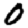
Digit: 0